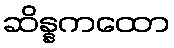
ဆိန္နကထော